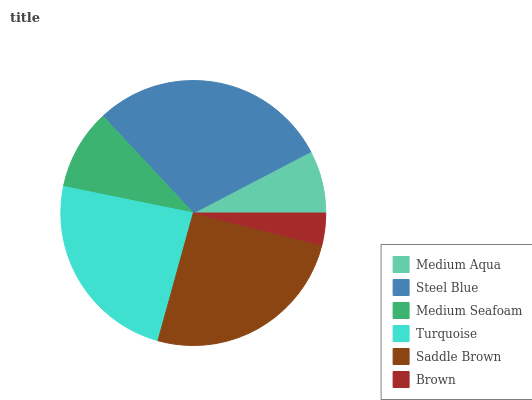
| Medium Aqua | Steel Blue | Medium Seafoam | Turquoise | Saddle Brown | Brown |
 | --- | --- | --- | --- | --- | --- |
 | 7.65% | 29.3% | 9.86% | 23.9% | 25.3% | 3.92% |